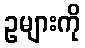
ဥများကို